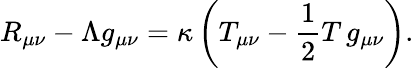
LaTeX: R_{\mu\nu}-\Lambda g_{\mu\nu}=\kappa\left(T_{\mu\nu}-{\frac{1}{2}}T\, g_{\mu\nu}\right).